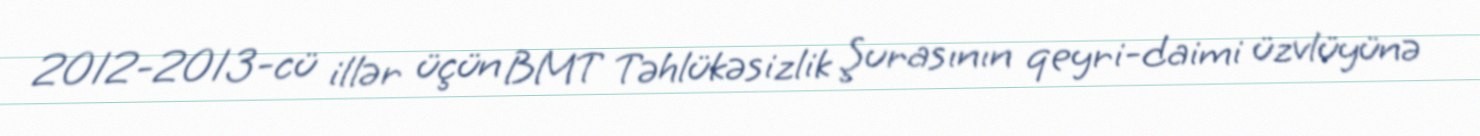
2012-2013-cü illər üçün BMT Təhlükəsizlik Şurasının qeyri-daimi üzvlüyünə